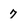
Character: 7